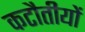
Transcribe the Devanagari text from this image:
कटौतीयों